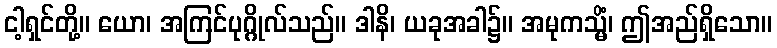
ငါ့ရှင်တို့။ ယော၊ အကြင်ပုဂ္ဂိုလ်သည်။ ဒါနိ၊ ယခုအခါ၌။ အမုကသ္မိံ၊ ဤအည်ရှိသော။